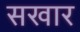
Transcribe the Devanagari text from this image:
सखार